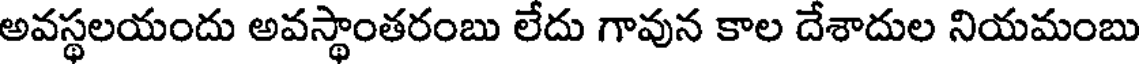
అవస్థలయందు అవస్థాంతరంబు లేదు గావున కాల దేశాదుల నియమంబు